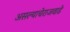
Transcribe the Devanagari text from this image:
असल्याचेराजवाडे